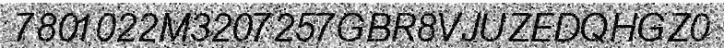
7801022M3207257GBR8VJUZEDQHGZ0